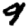
Digit: 9